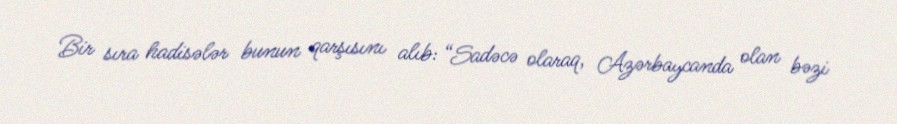
Bir sıra hadisələr bunun qarşısını alıb: “Sadəcə olaraq, Azərbaycanda olan bəzi